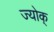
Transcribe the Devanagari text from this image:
ज्योक्